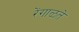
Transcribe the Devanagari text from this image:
रेंगाळते